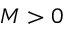
M > 0